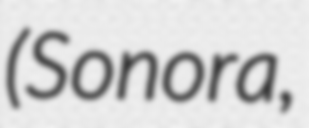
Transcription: (Sonora,